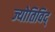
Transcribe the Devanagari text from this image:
ज्योतिविद्